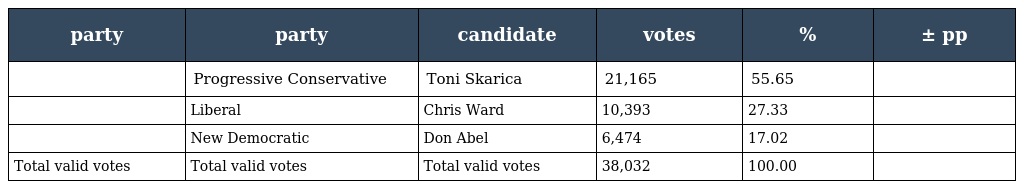
| party | party | candidate | votes | % | ± pp |
 | --- | --- | --- | --- | --- | --- |
 |  | Progressive Conservative | Toni Skarica | 21,165 | 55.65 |  |
 |  | Liberal | Chris Ward | 10,393 | 27.33 |  |
 |  | New Democratic | Don Abel | 6,474 | 17.02 |  |
 | Total valid votes | Total valid votes | Total valid votes | 38,032 | 100.00 |  |